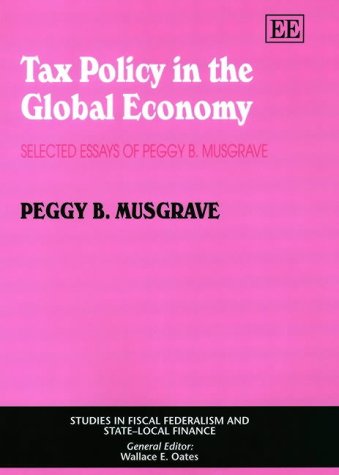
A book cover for Tax Policy in the Global Economy: Selected Essays of Peggy B. Musgrave (Studies in Fiscal Federalism and State-Local Finance Series); Peggy B. Musgrave; Business & Money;